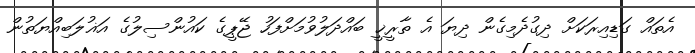
އެތައް ގަޑިއިރަކަށް ދިގުދެމިގެން ދިޔަ އެ ތާރީޚީ ބައްދަލުވުމަށްފަހު ޖޭޕީގެ ކައުންސިލުގެ އަޣުލަބިއްޔަތުން